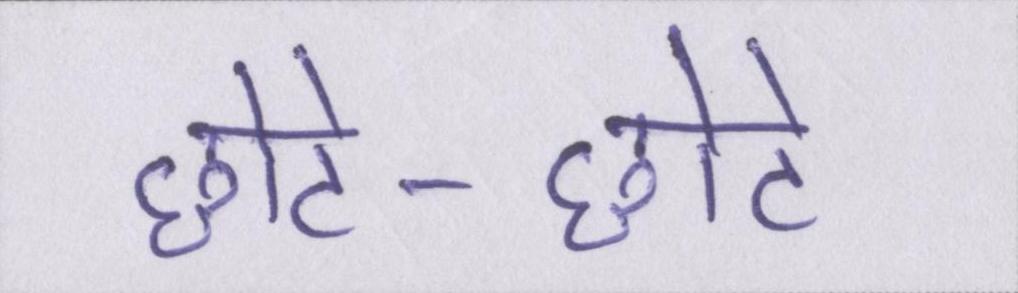
छोटे-छोटे